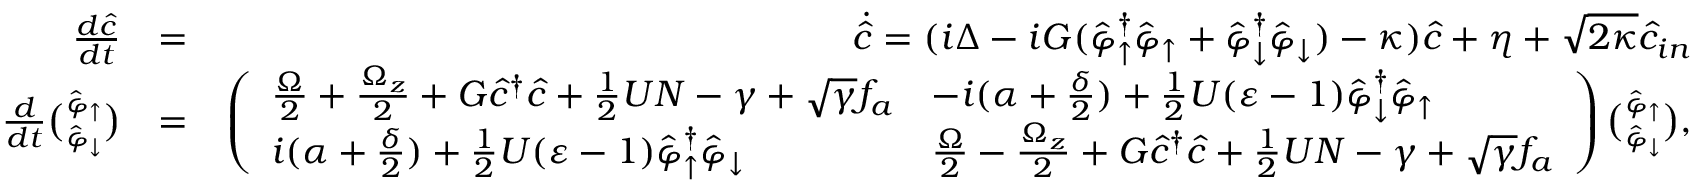
\begin{array} { r l r } { \frac { d \hat { c } } { d t } } & { = } & { \dot { \hat { c } } = ( i \Delta - i G ( \hat { \varphi } _ { \uparrow } ^ { \dag } \hat { \varphi } _ { \uparrow } + \hat { \varphi } _ { \downarrow } ^ { \dag } \hat { \varphi } _ { \downarrow } ) - \kappa ) \hat { c } + \eta + \sqrt { 2 \kappa } \hat { c } _ { i n } } \\ { \frac { d } { d t } \binom { \hat { \varphi } _ { \uparrow } } { \hat { \varphi } _ { \downarrow } } } & { = } & { \left( \begin{array} { l l } { \frac { \Omega } { 2 } + \frac { \Omega _ { z } } { 2 } + G \hat { c } ^ { \dag } \hat { c } + \frac { 1 } { 2 } U N - \gamma + \sqrt { \gamma } f _ { a } } & { - i ( \alpha + \frac { \delta } { 2 } ) + \frac { 1 } { 2 } U ( \varepsilon - 1 ) \hat { \varphi } _ { \downarrow } ^ { \dag } \hat { \varphi } _ { \uparrow } } \\ { i ( \alpha + \frac { \delta } { 2 } ) + \frac { 1 } { 2 } U ( \varepsilon - 1 ) \hat { \varphi } _ { \uparrow } ^ { \dag } \hat { \varphi } _ { \downarrow } } & { \frac { \Omega } { 2 } - \frac { \Omega _ { z } } { 2 } + G \hat { c } ^ { \dag } \hat { c } + \frac { 1 } { 2 } U N - \gamma + \sqrt { \gamma } f _ { a } } \end{array} \right) \binom { \hat { \varphi } _ { \uparrow } } { \hat { \varphi } _ { \downarrow } } , } \end{array}